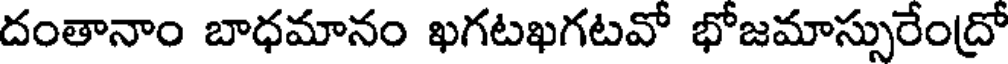
దంతానాం బాధమానం ఖగటఖగటవో భోజమాస్సురేంద్రో